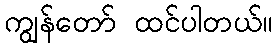
ကျွန်တော် ထင်ပါတယ်။